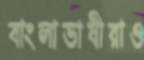
বাংলাভাষীরাও